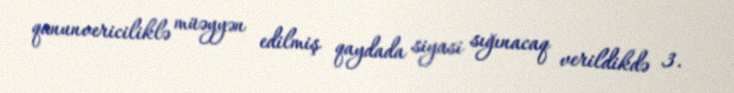
qanunvericiliklə müəyyən edilmiş qaydada siyasi sığınacaq verildikdə 3.